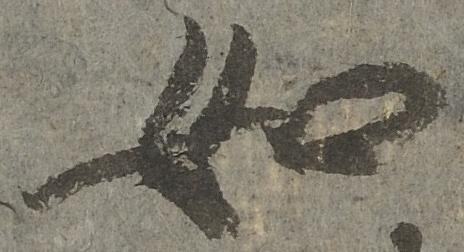
如